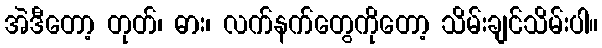
အဲဒီတော့ တုတ်၊ ဓား၊ လက်နက်တွေကိုတော့ သိမ်းချင်သိမ်းပါ။